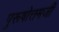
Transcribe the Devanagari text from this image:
पुरूषोत्तमजी